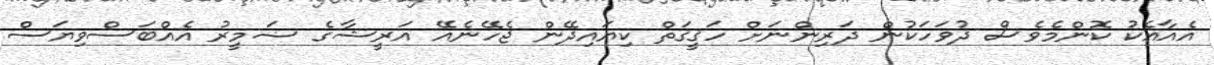
އެއާއެކު ކޮންމެވެސް ދުވަހަކުން ދަރިންނަށް ހަޤީޤަތް ކިޔައިދޭން ޖެހޭނެއޭ އަރީޝާގެ ޟަމީރު އެއްބަސްވިޔަސް